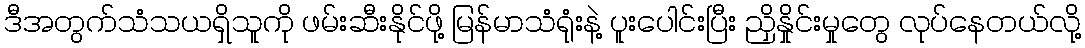
ဒီအတွက်သံသယရှိသူကို ဖမ်းဆီးနိုင်ဖို့ မြန်မာသံရုံးနဲ့ ပူးပေါင်းပြီး ညှိနှိုင်းမှုတွေ လုပ်နေတယ်လို့